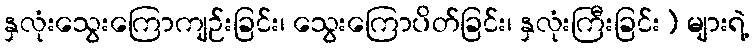
နှလုံးသွေးကြောကျဉ်းခြင်း၊ သွေးကြောပိတ်ခြင်း၊ နှလုံးကြီးခြင်း) များရဲ့